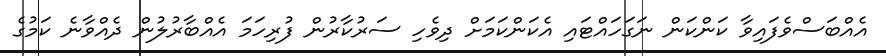
އެއްބަސްވެފައިވާ ކަންކަން ނަގަހައްޓައި އެކަންކަމަށް ދިވެހި ސަރުކާރުން ފުރިހަމަ އެއްބާރުލުން ދެއްވާނެ ކަމުގެ